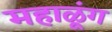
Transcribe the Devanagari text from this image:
महाळूंग